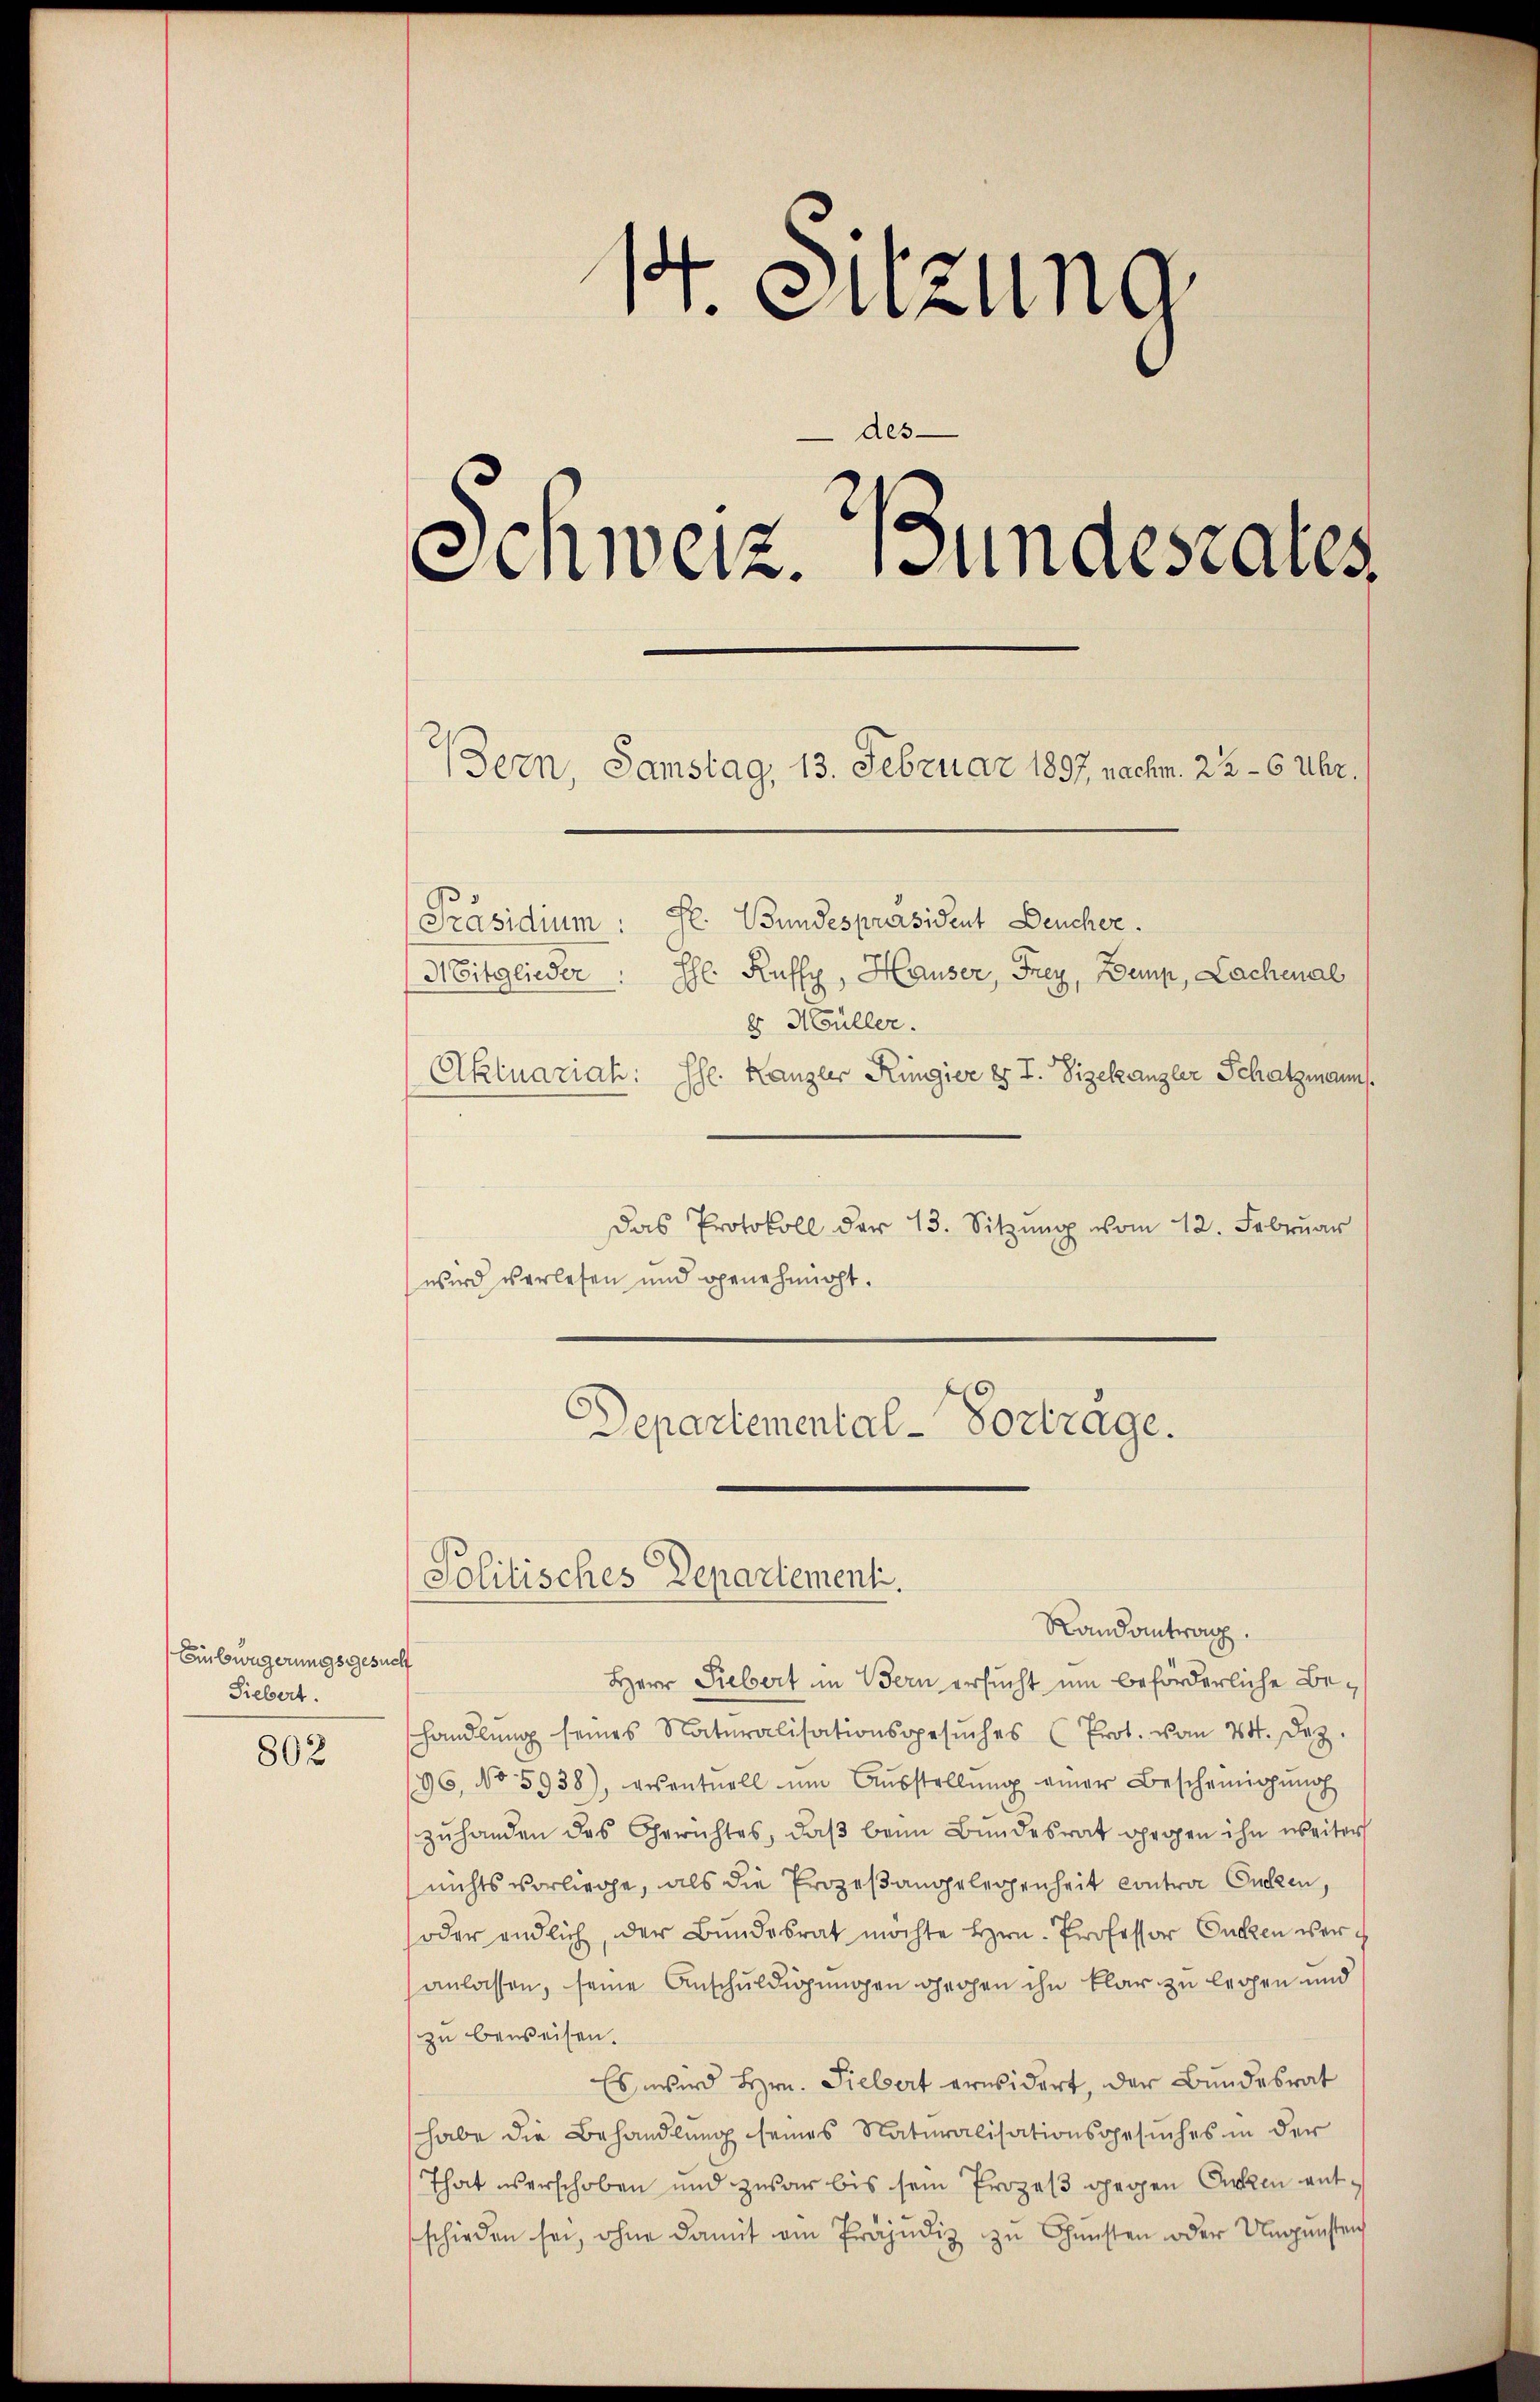
Eilwagerungsgesucht
Siebert.
802

1
t
t. Sitzung
des-
Einweiz. Bundesrates
(Bern, Samstag, 13. Februar 1897 nachm. 22 - 6 Uhr.

Präsidium: St. Bundespräsident Deucher.
das Protokoll der 13. Sitzŭng vom 12. Febrŭar
wird verlesen und genehmigt.

Randantrag.
Herr Liebert in Bern ersucht um beförderliche Behandlŭng seines Naturalisationsgesŭches (Prot. vom 24. Dez.
96, No 5938), wesentuell ŭm Aŭsstellŭng einer Bescheinigŭng
zŭhanden das Gerichtes, daβ beim Bundesrat gegen ihn weiter
nichts vorliege, als die Prozeßangelegenheit Contra Ouchzen,
oder endlich, der Bundesrat möchte Hrn. Professor Canzen veranlassen, seine Anschuldigungen gegen ihn klar zu legen und
zu beweisen.
Es wird Hrn. Siebert erwidert, der Bundesrat
habe die Behandlung seines Naturalisationsgesuches in der
That verschoben und zwar bis sein Prozeß gegen Orten entschieden sei, ohne damit am Präjudiz zu Gunsten oder Ungünstens

Mitglieder: He Ruffy, Hauser, Frey, Bemp, Lachenal
b Müller.
Aktuariah: Ehe. Kanzler Ringier es I. Vizekanzler Schatzmann.

Departemental-Vortrage.
Politisches Departementi.